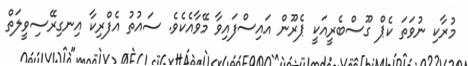
މުރާކި ނުވަތަ ކެޕް ގޫސްބެރީއަކީ ޕެރޫން އައިސްފައިވާ މޭވާއެކެވެ. ސައުތު އެފްރިކާ އިނގިރޭސިވީލަތް